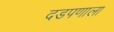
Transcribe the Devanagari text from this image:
दडपणाला